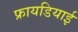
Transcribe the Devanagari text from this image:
फ्रायडियाई